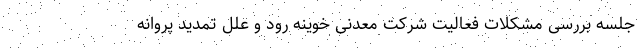
جلسه بررسی مشکلات فعالیت شرکت معدنی خوینه رود و علل تمدید پروانه